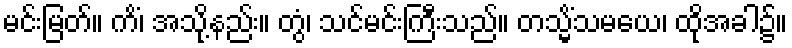
မင်းမြတ်။ ကိံ၊ အသို့နည်း။ တွံ၊ သင်မင်းကြီးသည်။ တသ္မိံသမယေ၊ ထိုအခါ၌။